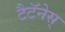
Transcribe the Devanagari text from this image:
टैटॅनेस्